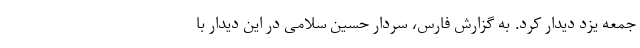
جمعه یزد دیدار کرد. به گزارش فارس، سردار حسین سلامی در این دیدار با